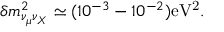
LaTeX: \delta m _ { \nu _ { \mu } \nu _ { X } } ^ { 2 } \simeq ( 1 0 ^ { - 3 } - 1 0 ^ { - 2 } ) \mathrm { e V ^ { 2 } } .